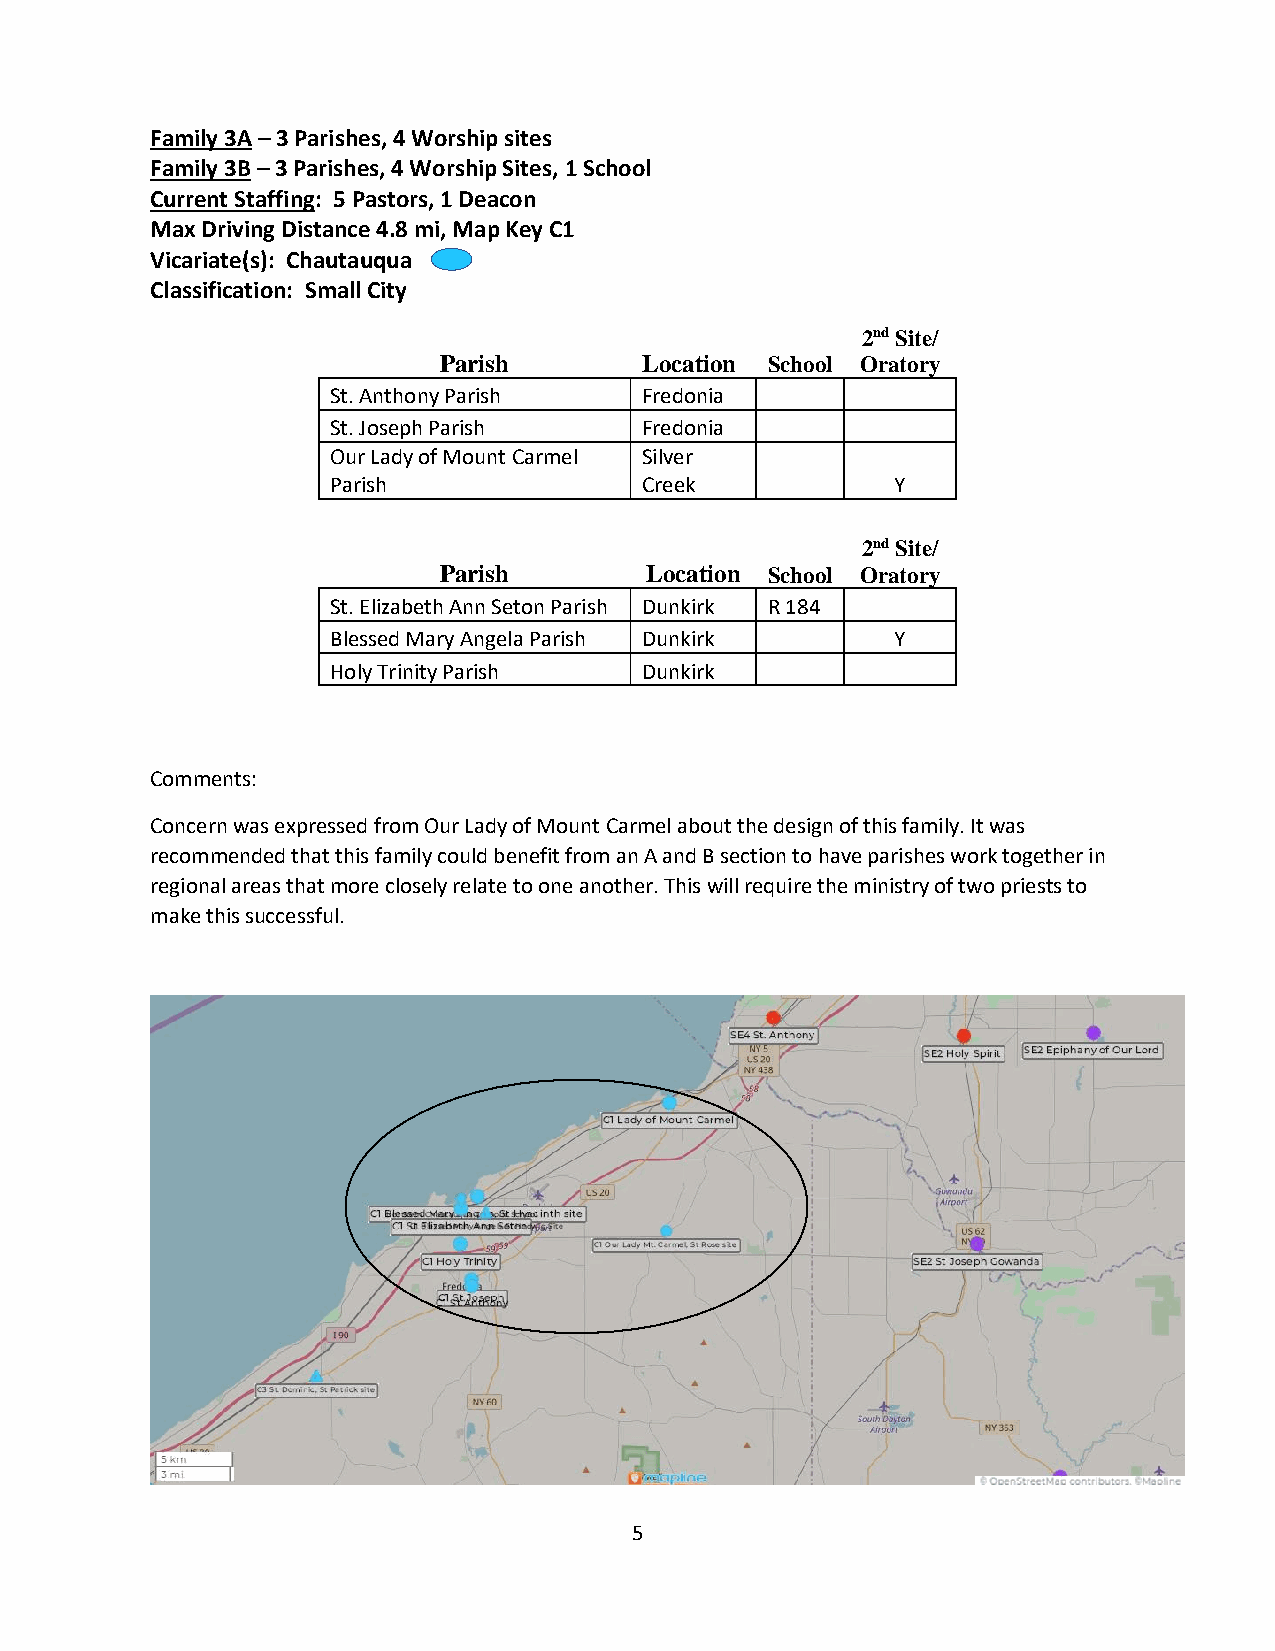
Family 3A – 3 Parishes, 4 Worship sites
 Family 3B – 3 Parishes, 4 Worship Sites, 1 School
 Current Staffing: 5 Pastors, 1 Deacon
 Max Driving Distance 4.8 mi, Map Key C1
 Vicariate(s): Chautauqua
 Classification: Small City
 2nd Site/
 Parish       Location School Oratory
 St. Anthony Parish  Fredonia
 St. Joseph Parish   Fredonia
 Our Lady of Mount Carmel Silver
 Parish              Creek            Y
 2nd Site/
 Parish        Location School Oratory
 St. Elizabeth Ann Seton Parish Dunkirk R 184
 Blessed Mary Angela Parish Dunkirk   Y
 Holy Trinity Parish Dunkirk
 Comments:
 Concern was expressed from Our Lady of Mount Carmel about the design of this family. It was
 recommended that this family could benefit from an A and B section to have parishes work together in
 regional areas that more closely relate to one another. This will require the ministry of two priests to
 make this successful.
 5